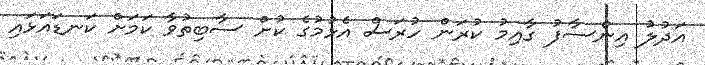
އަދުލު އިންސާފު ގާއިމު ކުރަން ހުރަސް އެޅުމުގެ ކުށް ސާބިތުވާ ކަމަށް ކަނޑައަޅައި